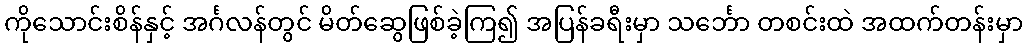
ကိုသောင်းစိန်နှင့် အင်္ဂလန်တွင် မိတ်ဆွေဖြစ်ခဲ့ကြ၍ အပြန်ခရီးမှာ သင်္ဘော တစင်းထဲ အထက်တန်းမှာ